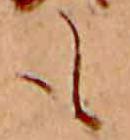
も